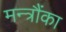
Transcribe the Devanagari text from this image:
मन्त्रौंका